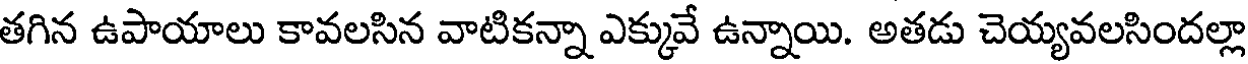
తగిన ఉపాయాలు కావలసిన వాటికన్నా ఎక్కువే ఉన్నాయి. అతడు చెయ్యవలసిందల్లా